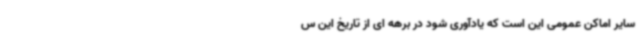
سایر اماکن عمومی این است که یادآوری شود در برهه ای از تاریخ این س